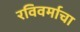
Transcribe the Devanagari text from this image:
रविवर्माचा